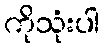
ကိုသုံးပါ